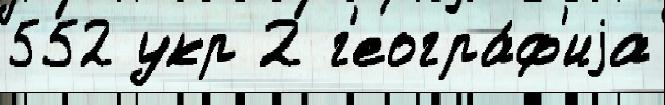
552 укр 2 г'еогра́ф'иjа